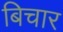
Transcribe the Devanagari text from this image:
बिचार